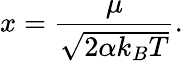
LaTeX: x=\frac{\mu}{\sqrt{2\alpha k_{B}T}}.